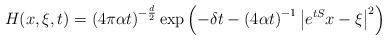
\begin{align*} H(x,\xi,t)=\left(4\pi\alpha t\right)^{-\frac{d}{2}}\exp\left(-\delta t-\left(4\alpha t\right)^{-1}\left|e^{tS}x-\xi\right|^2\right) \end{align*}